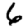
Digit: 6